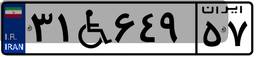
۳۱W۶۴۹۵۷